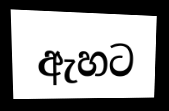
ඇහට